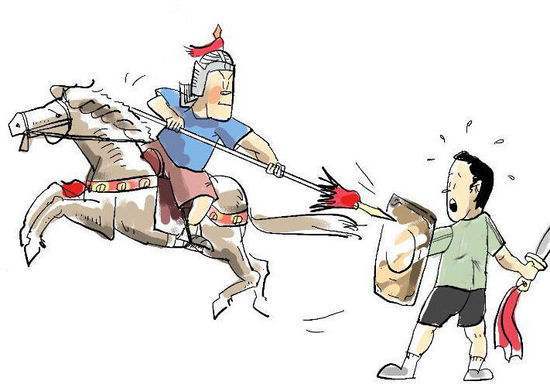
攻其无备，出其不意。